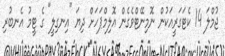
ޖުމްލަ 14 ކެޓަގަރީއަކުން ނޮމިނޭޓްވެގެން އޮލިމްޕަހަށް ދިޔަ "އިނގިލީ" ގެ ޓީމު އެނބުރި